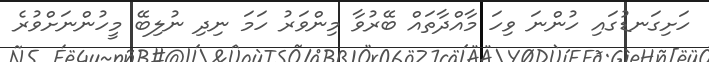
ހަށިގަނޑުގައި ހުންނަ ވިހަ މާއްދާތައް ބޭރުވާ މިންވަރު ހަމަ ނިދި ނުލިބޭ މީހުންނަށްވުރެ